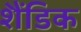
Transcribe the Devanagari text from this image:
शैंडिक